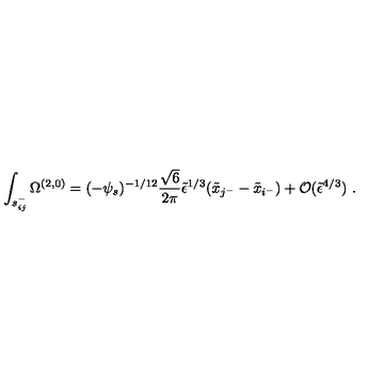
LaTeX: \int _ { s _ { i j } ^ { - } } \Omega ^ { ( 2 , 0 ) } = ( - \psi _ { s } ) ^ { - 1 / 1 2 } \frac { \sqrt { 6 } } { 2 \pi } \tilde { \epsilon } ^ { 1 / 3 } ( \tilde { x } _ { j ^ { - } } - \tilde { x } _ { i ^ { - } } ) + { \cal O } ( \tilde { \epsilon } ^ { 4 / 3 } ) \ .